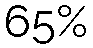
65%